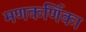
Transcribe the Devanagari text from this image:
मणकर्णिका